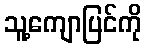
သူ့ကျောပြင်ကို